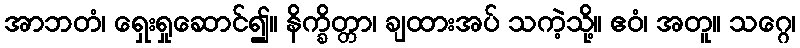
အာဘတံ၊ ရှေးရှုဆောင်၍။ နိက္ခိတ္တာ၊ ချထားအပ် သကဲ့သို့။ ဧဝံ၊ အတူ။ သဂ္ဂေ၊